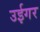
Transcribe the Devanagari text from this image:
उईगर